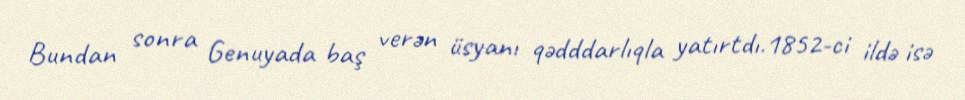
Bundan sonra Genuyada baş verən üsyanı qədddarlıqla yatırtdı.1852-ci ildə isə